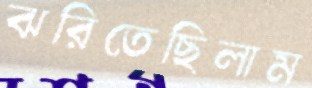
ঝরিতেছিলাম